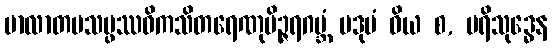
ဗာလာတပသမ္ဖဿဝိကသိတရေဏုပိဉ္ဇရဂဗ္ဘံ ပဒုမံ ဝိယ စ, ပရိသုဒ္ဓေန